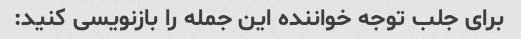
برای جلب توجه خواننده این جمله را بازنویسی کنید: